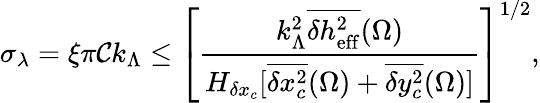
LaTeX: \sigma_{\lambda}=\xi\pi\mathcal{C}k_{\Lambda}\leq\left[\frac{k_{\Lambda}^{2}\overline{{\delta h_{\mathrm{eff}}^{2}}}(\Omega)}{H_{\delta x_{c}}[\overline{{\delta x_{c}^{2}}}(\Omega)+\overline{{\delta y_{c}^{2}}}(\Omega)]}\right]^{1/2},